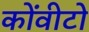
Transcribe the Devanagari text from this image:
कोंवीटो